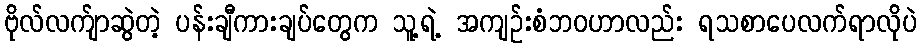
ဗိုလ်လက်ျာဆွဲတဲ့ ပန်းချီကားချပ်တွေက သူ့ရဲ့ အကျဉ်းစံဘဝဟာလည်း ရသစာပေလက်ရာလိုပဲ